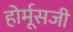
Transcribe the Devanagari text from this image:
होर्मूसजी